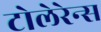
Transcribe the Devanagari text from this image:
टोलेरेन्स